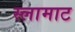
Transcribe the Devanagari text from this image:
स्लामाट